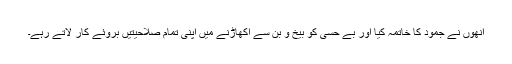
انھوں نے جمود کا خاتمہ کیا اور بے حسی کو بیخ و بن سے اکھاڑنے میں اپنی تمام صلاحیتیں بروئے کار لاتے رہے۔